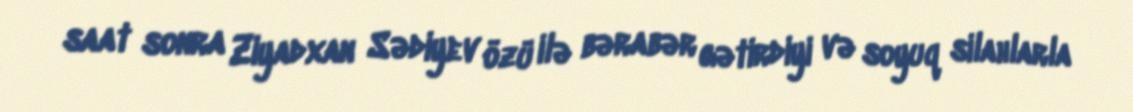
saat sonra Ziyadxan Sədiyev özü ilə bərabər gətirdiyi və soyuq silahlarla